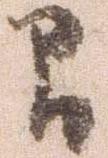
間